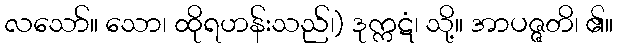
လသော်။ သော၊ ထိုရဟန်းသည်၊) ဒုက္ကဋံ၊ သို့။ အာပဇ္ဇတိ၊ ၏။